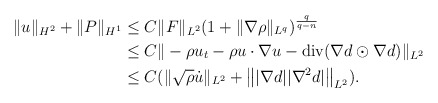
\begin{align*}\begin{aligned}\|u\|_{H^2}+\|P\|_{H^1}& \le C \|F\|_{L^2}(1+\|\nabla \rho\|_{L^q})^{\frac{q}{q-n}}\\& \le C \|-\rho u_t -\rho u \cdot \nabla u- {\rm div}(\nabla d \odot \nabla d)\|_{L^2}\\& \le C(\|\sqrt{\rho}\dot{u}\|_{L^2}+\left\| |\nabla d| |\nabla^2 d|\right\|_{L^2}).\end{aligned}\end{align*}